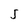
Character: J